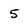
Character: 5